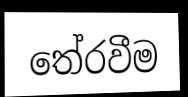
තේරවීම